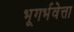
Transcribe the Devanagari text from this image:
भूगर्भवेत्ता